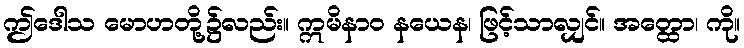
ဤဒေါသ မောဟတို့၌လည်း။ ဣမိနာဝ နယေန၊ ဖြင့်သာလျှင်။ အတ္ထော၊ ကို။